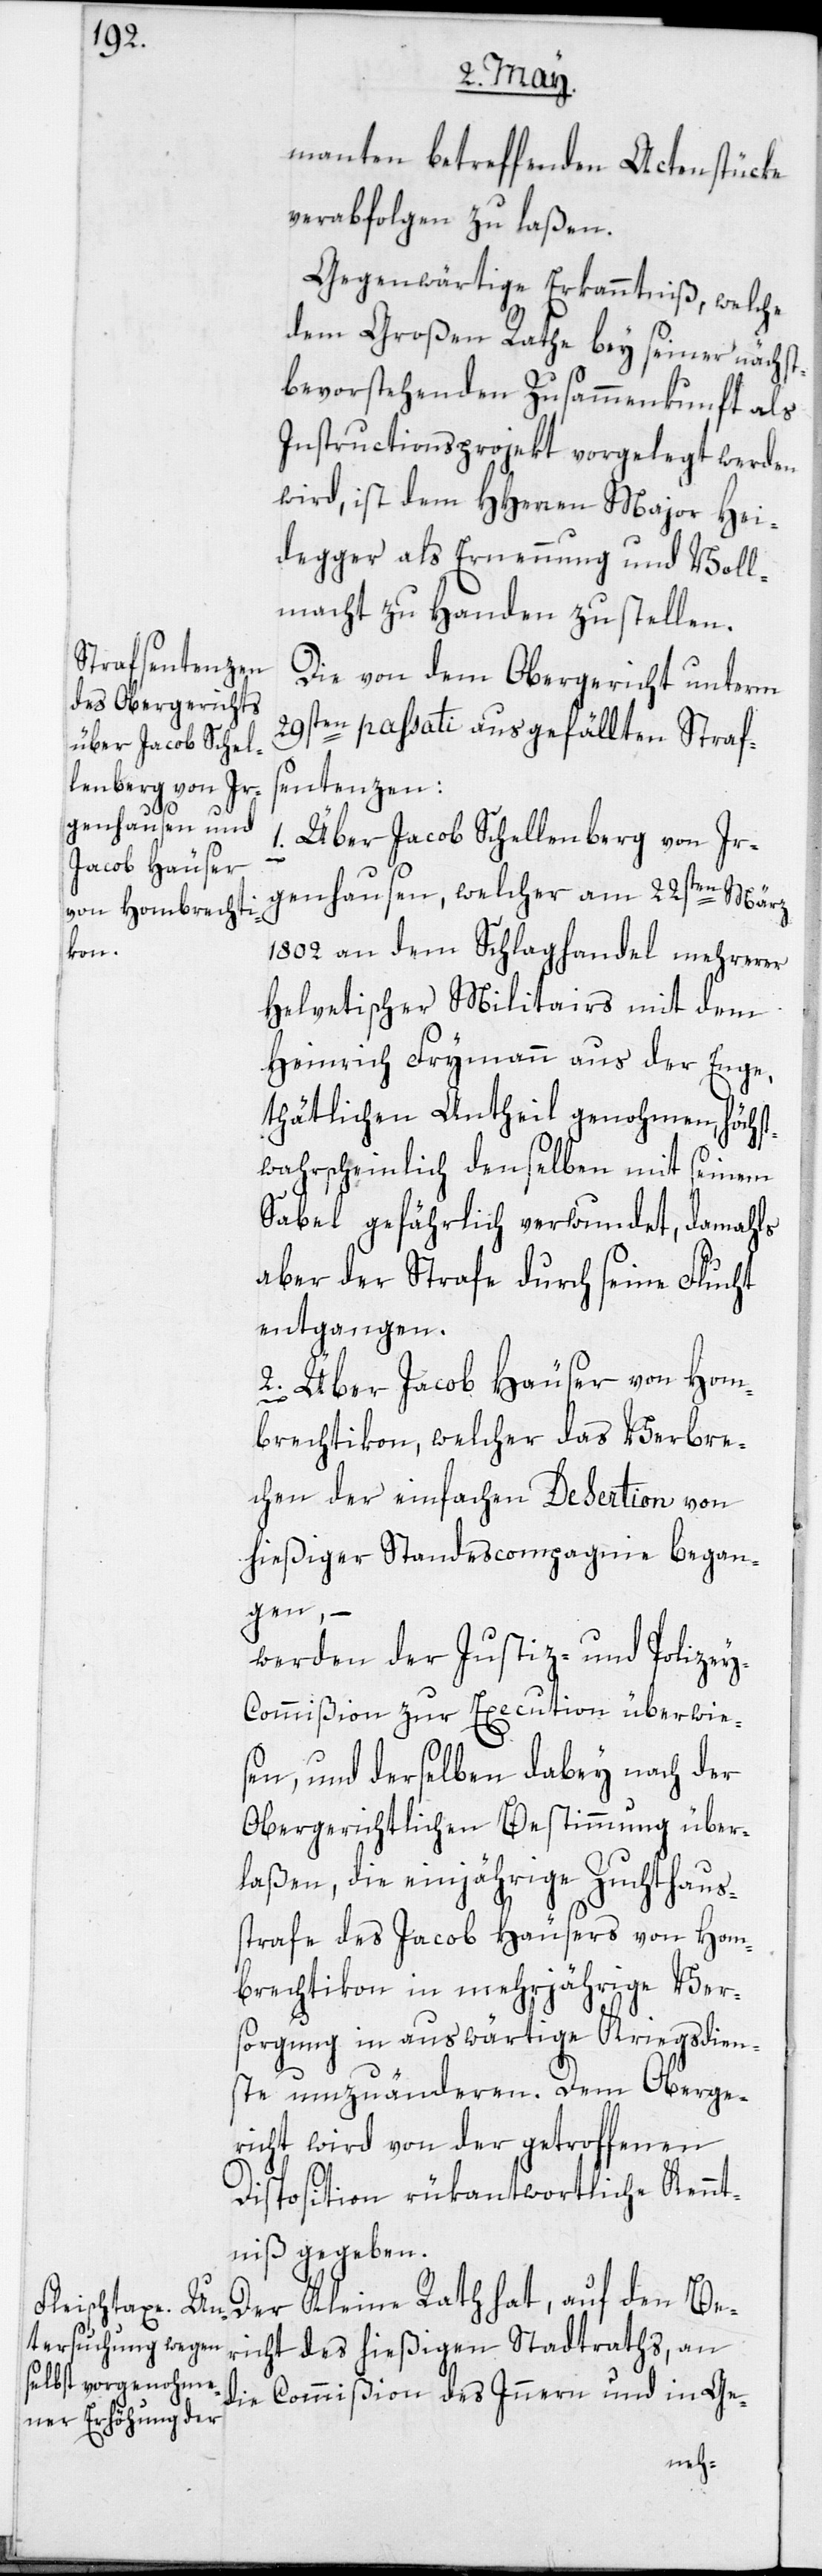
manten betreffenden Actenstücke
verabfolgen zu laßen.
Gegenwärtige Erkanntnuß, welche
dem großen Rathe bey seiner nächst¬
bevorstehenden Zusammenkunft als
Instructionsprojekt vorgelegt werden
wird, ist dem HHerren Major Hei¬
degger als Ernennung und Voll¬
macht zu Handen zu stellen.
Die von dem Obergericht unterm
29sten passati ausgefällten Strafs¬
entenzen:
1. Über Jacob Schellenberg von Ir¬
genhausen, welcher am 22sten März
1802 an dem Schlaghandel mehrerer
Helvetischer Militairs mit dem
Heinrich Frymann aus der Enge,
thätlichen Antheil genohmen, höchst¬
wahrscheinlich denselben mit seinem
Sabel gefährlich verwundet, damahls
aber der Strafe durch seine Flucht
entgangen.
2. Über Jacob Häuser von Hom¬
brechtikon, welcher das Verbre¬
chen der einfachen Desertion von
hießiger Standescompagnie began¬
gen, –
werden der Justiz- und Polizey-C¬
ommißion zur Execution überwie¬
sen, und derselben dabey nach der
Obergerichtlichen Bestimmung über¬
laßen, die einjährige Zuchthaus¬
strafe des Jacob Häusers von Hom¬
brechtikon in mehrjährige Ver¬
sorgung in auswärtige Kriegsdien¬
ste umzuänderen. Dem Oberge¬
richt wird von der getroffenen
Disposition rükantwortliche Kennt¬
niß gegeben.
Der Kleine Rath hat, auf den Be¬
richt des hießigen Stadtraths, an
die Commißion des Innern und in Ge-